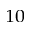
^ { 1 0 }